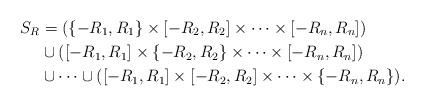
LaTeX: \begin{align*}S_R&=(\{-R_1,R_1\}\times[-R_2,R_2]\times\cdots\times[-R_n,R_n])\\&\cup([-R_1,R_1]\times\{-R_2,R_2\}\times\cdots\times[-R_n,R_n])\\&\cup\cdots\cup([-R_1,R_1]\times[-R_2,R_2]\times\cdots\times\{-R_n,R_n\}).\\\end{align*}